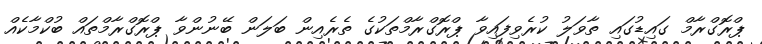
ޕްރޮގްރާމް ގައިޑުގައި ތާވަލު ކުރެވިފައިވާ ޕްރޮގްރާމްތަކުގެ ތެރެއިން ބަލަން ބޭނުންވާ ޕްރޮގްރާމްތައް ބުކްމާކެއް